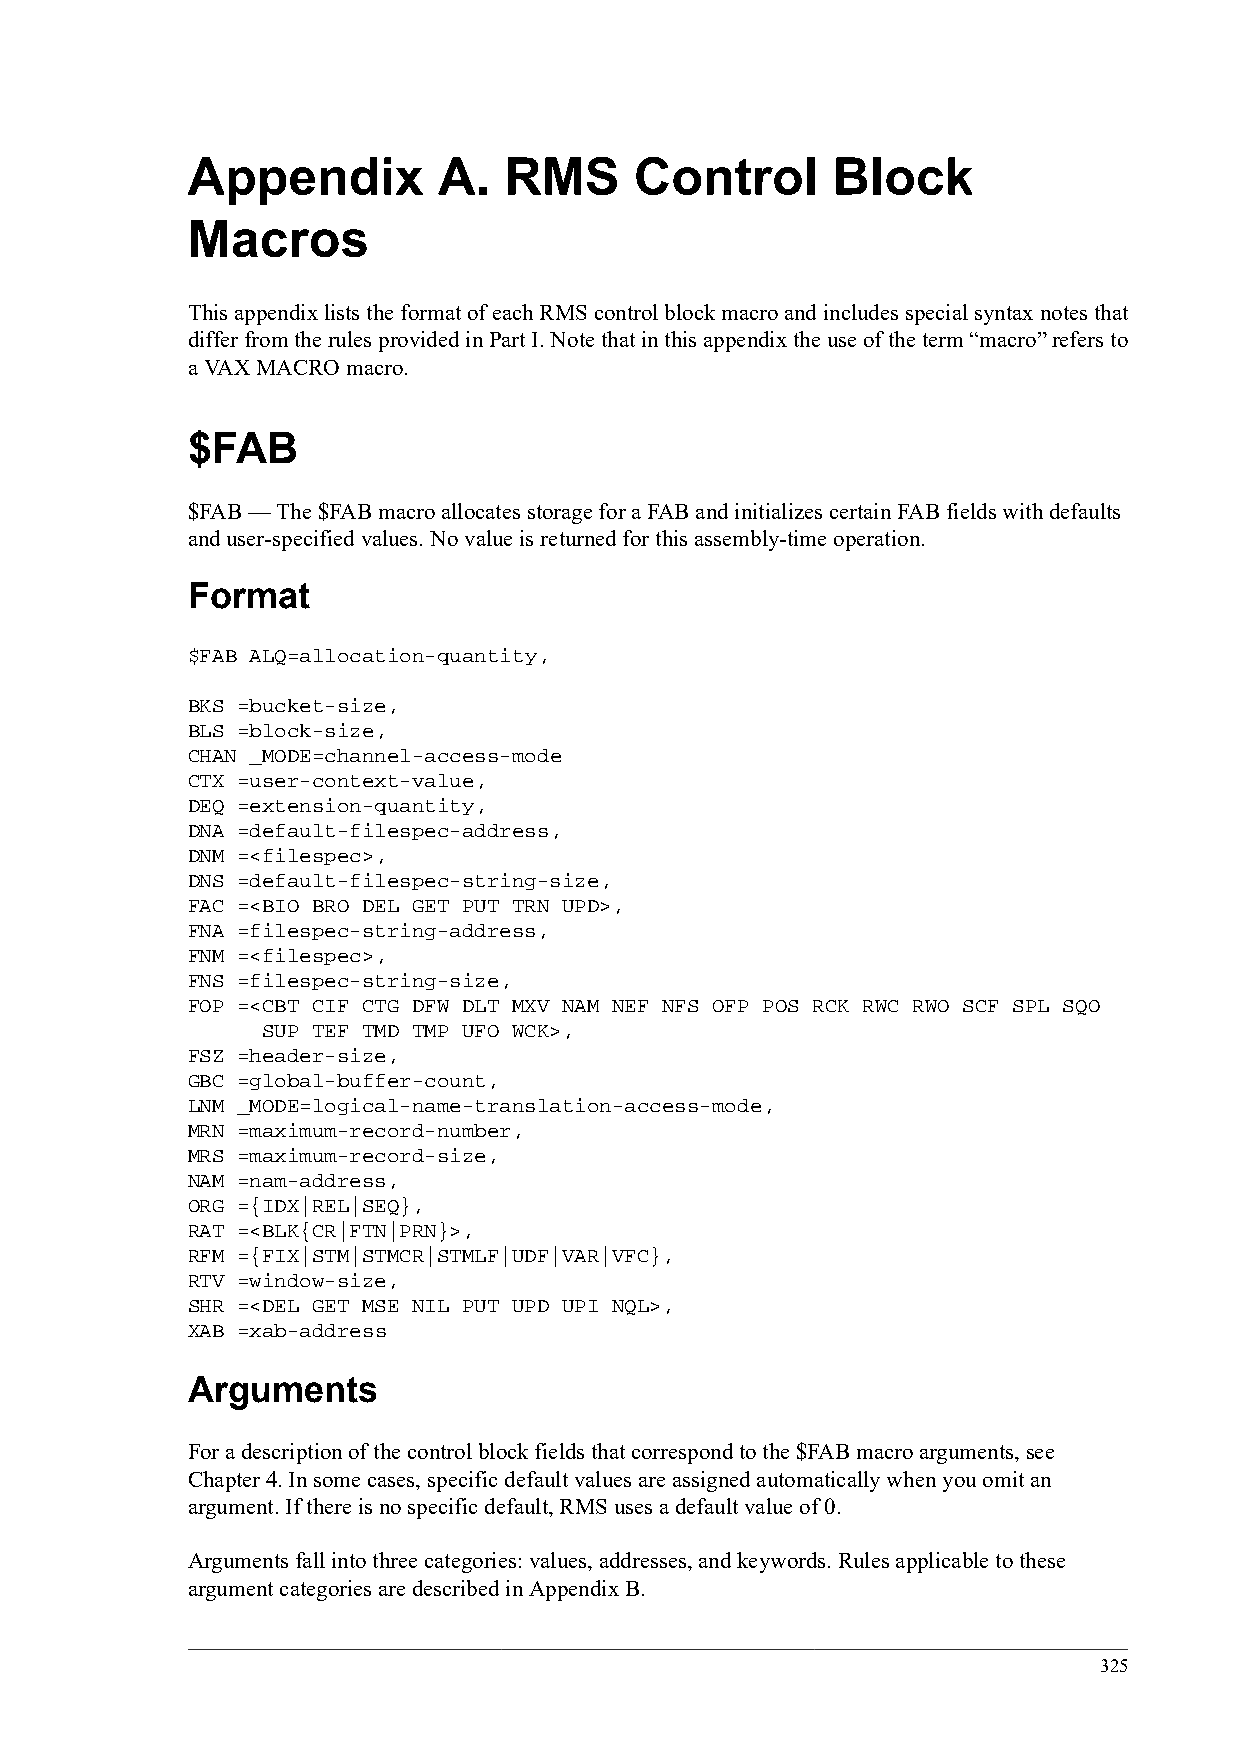
Appendix         A.  RMS      Control      Block
 Macros
 This appendix lists the format of each RMS control block macro and includes special syntax notes that
 differ from the rules provided in Part I. Note that in this appendix the use of the term “macro” refers to
 a VAX MACRO macro.
 $FAB
 $FAB — The $FAB macro allocates storage for a FAB and initializes certain FAB fields with defaults
 and user-specified values. No value is returned for this assembly-time operation.
 Format
 $FAB ALQ=allocation-quantity,
 BKS =bucket-size,
 BLS =block-size,
 CHAN _MODE=channel-access-mode
 CTX =user-context-value,
 DEQ =extension-quantity,
 DNA =default-filespec-address,
 DNM =<filespec>,
 DNS =default-filespec-string-size,
 FAC =<BIO BRO DEL GET PUT TRN UPD>,
 FNA =filespec-string-address,
 FNM =<filespec>,
 FNS =filespec-string-size,
 FOP =<CBT CIF CTG DFW DLT MXV NAM NEF NFS OFP POS RCK RWC RWO SCF SPL SQO
 SUP TEF TMD TMP UFO WCK>,
 FSZ =header-size,
 GBC =global-buffer-count,
 LNM _MODE=logical-name-translation-access-mode,
 MRN =maximum-record-number,
 MRS =maximum-record-size,
 NAM =nam-address,
 ORG ={IDX|REL|SEQ},
 RAT =<BLK{CR|FTN|PRN}>,
 RFM ={FIX|STM|STMCR|STMLF|UDF|VAR|VFC},
 RTV =window-size,
 SHR =<DEL GET MSE NIL PUT UPD UPI NQL>,
 XAB =xab-address
 Arguments
 For a description of the control block fields that correspond to the $FAB macro arguments, see
 Chapter 4. In some cases, specific default values are assigned automatically when you omit an
 argument. If there is no specific default, RMS uses a default value of 0.
 Arguments fall into three categories: values, addresses, and keywords. Rules applicable to these
 argument categories are described in Appendix B.
 325